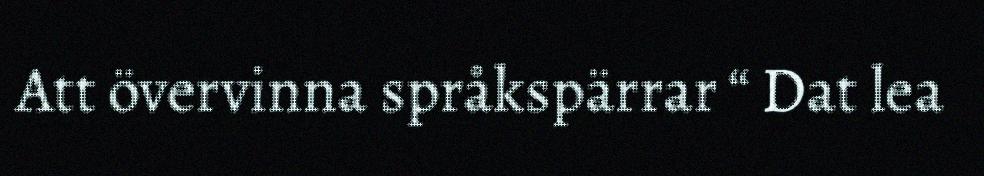
Att övervinna språkspärrar “ Dat lea